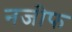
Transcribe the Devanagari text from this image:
नजीफ